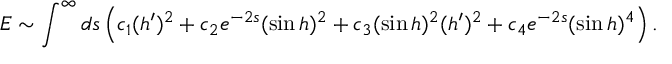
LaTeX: E \sim \int ^ { \infty } d s \left( c _ { 1 } ( h ^ { \prime } ) ^ { 2 } + c _ { 2 } e ^ { - 2 s } ( \sin h ) ^ { 2 } + c _ { 3 } ( \sin h ) ^ { 2 } ( h ^ { \prime } ) ^ { 2 } + c _ { 4 } e ^ { - 2 s } ( \sin h ) ^ { 4 } \right) .